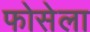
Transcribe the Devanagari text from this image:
फोसेला